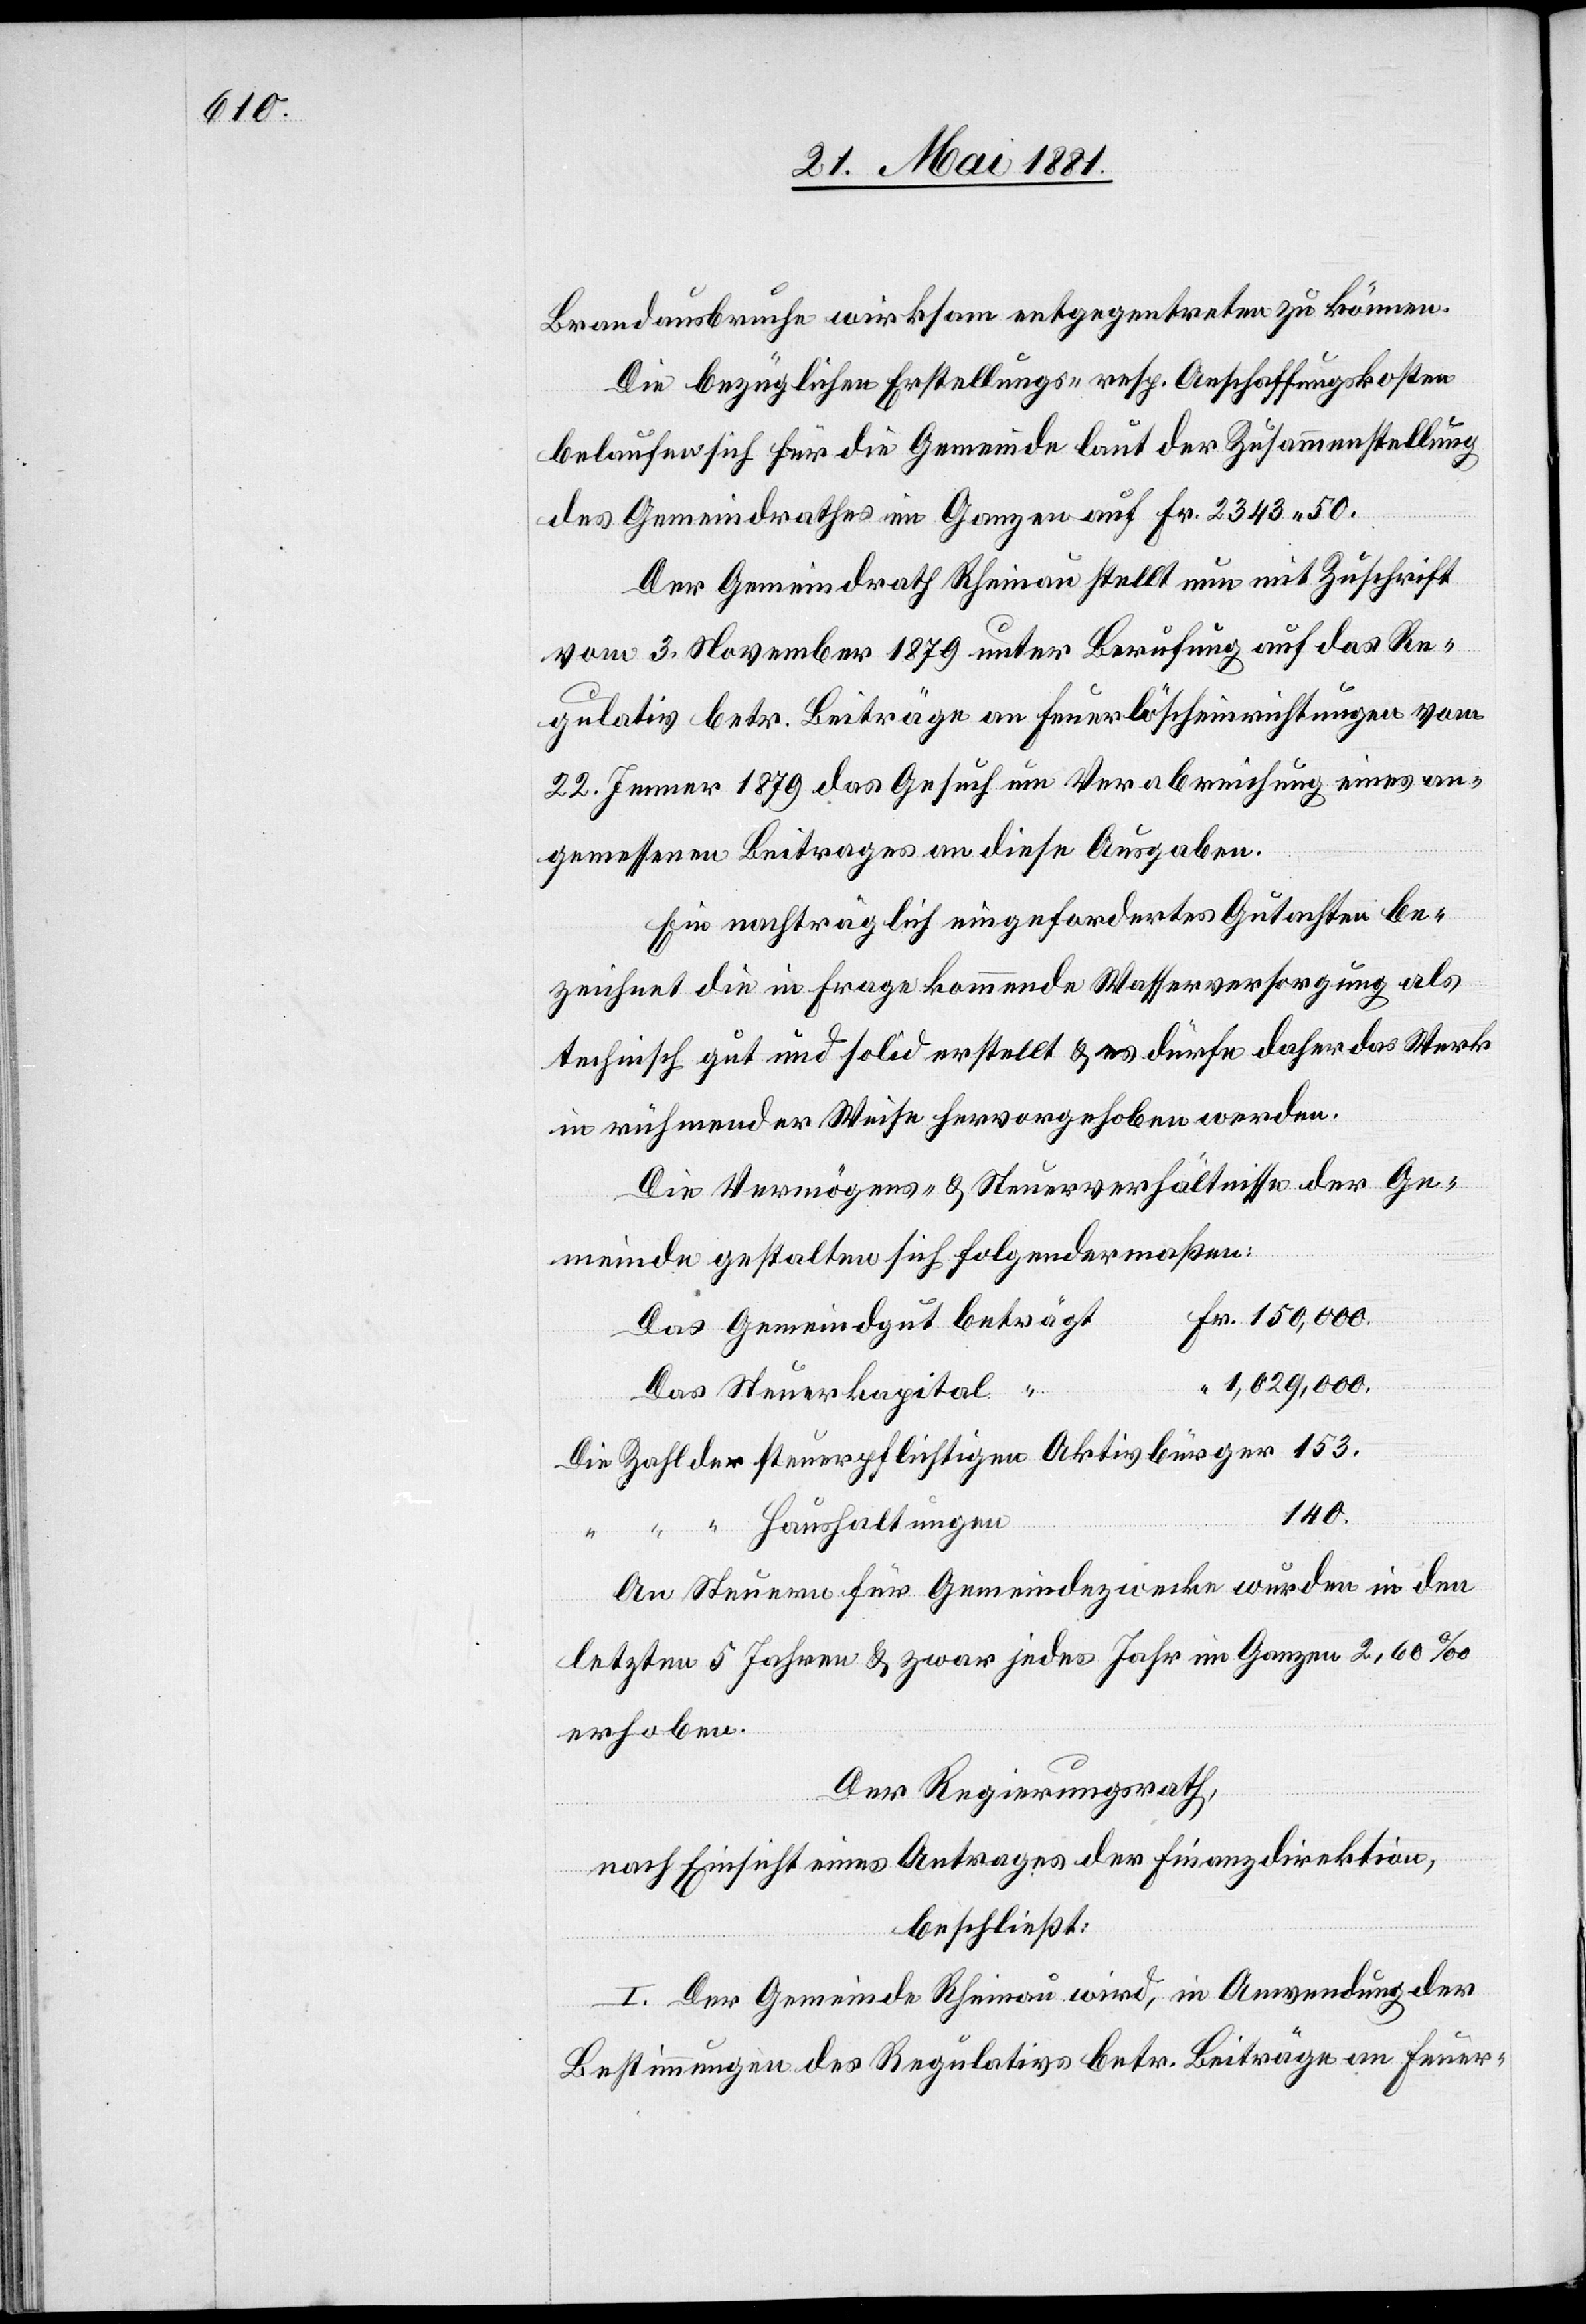
Brandausbruche wirksam entgegentreten zu können.
Die bezüglichen Erstellungs- resp. Anschaffungskosten
belaufen sich für die Gemeinde laut der Zusammenstellung
des Gemeindrathes im Ganzen auf Fr. 2343. 50.
Der Gemeindrath Rheinau stellt nun mit Zuschrift
vom 3. November 1879 unter Berufung auf das Re¬
gulativ betr. Beiträge an Feuerlöscheinrichtungen vom
22. Jenner 1879 das Gesuch um Verabreichung eines an¬
gemessenen Beitrages an diese Ausgaben.
Ein nachträglich eingefordertes Gutachten be¬
zeichnet die in Frage kommende Wasserversorgung als
technisch gut und solid erstellt & es dürfe daher das Werk
in rühmender Weise hervorgehoben werden.
Die Vermögens- & Steuerverhältnisse der Ge¬
meinde gestalten sich folgendermaßen:
1,029,000.
Das Steuerkapital
140.
der
An Steuern für Gemeindezwecke wurden in den
letzten 5 Jahren & zwar jedes Jahr im Ganzen 2,60‰
erhoben.
Der Regierungsrath,
nach Einsicht eines Antrages der Finanzdirektion,
beschließt:
I. Der Gemeinde Rheinau wird, in Anwendung der
Bestimmungen des Regulativs betr. Beiträgen an Feuer-